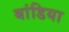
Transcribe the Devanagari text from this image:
बांडिया